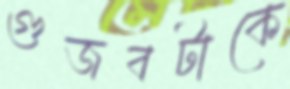
গুজবটাকে